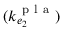
( k _ { e _ { 2 } } ^ { \mathrm { ~ p ~ l ~ a ~ } } )